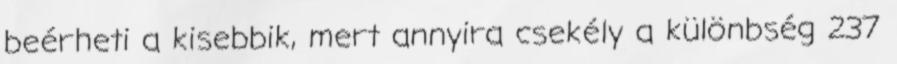
beérheti a kisebbik, mert annyira csekély a különbség 237